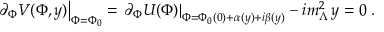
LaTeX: \left. \partial _ { \Phi } V ( \Phi , y ) \right| _ { \Phi = \Phi _ { 0 } } = \left. \partial _ { \Phi } U ( \Phi ) \right| _ { \Phi = \Phi _ { 0 } ( 0 ) + \alpha ( y ) + i \beta ( y ) } - i m _ { \Lambda } ^ { 2 } \, y = 0 \; .